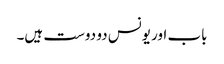
باب اور یونس دو دوست ہیں۔